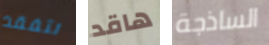
نتفقد هاقد الساذجة